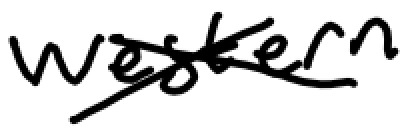
Text: western
Cross-out: cross
Writing tool: digital_black